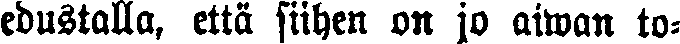
edustalla, että siihen on jo aiwan to-